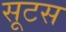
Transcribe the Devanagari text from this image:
सूटस